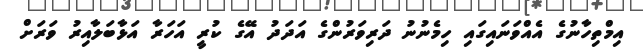
އިމްތިހާނުގެ އެއްވަނައިގައި ހިމެނުނު ދަރިވަރުންގެ އަދަދު އޭގެ ކުރީ އަހަރާ އަޅާބަލާއިރު ވަރަށް